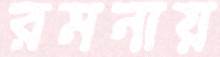
রমনায়